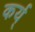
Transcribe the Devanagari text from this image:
कर्य्